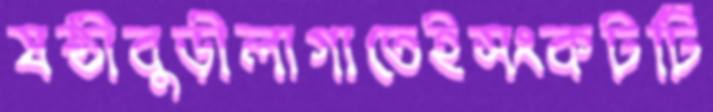
ষষ্ঠীবুড়ীলাগাতেইসংকটটি